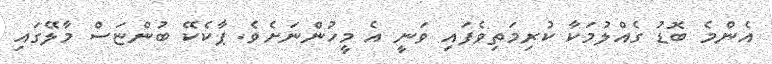
އެންމެ ބޮޑު ގެއްލުމަކާ ކުރިމަތިވެފައި ވަނީ އެ މީހުންނަށެވެ. ޕާކެކޭ ބުންޏަސް މާލޭގައި